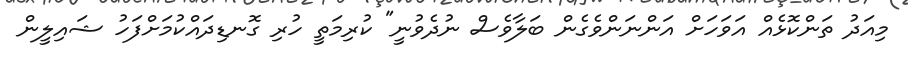
މިއަދު ތަންކޮޅެއް އަވަހަށް އަންނަންވެގެން ބަލާވެސް ނުދެވުނީ" ކުރިމަތީ ހުރި ގޮނޑިދައްކުމަށްފަހު ޝައިލީން